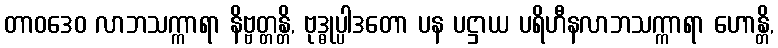
တာဝဒေဝ လာဘသက္ကာရာ နိဗ္ဗတ္တန္တိ, ဗုဒ္ဓုပ္ပါဒတော ပန ပဋ္ဌာယ ပရိဟီနလာဘသက္ကာရာ ဟောန္တိ,